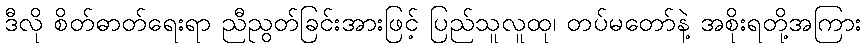
ဒီလို စိတ်ဓာတ်ရေးရာ ညီညွတ်ခြင်းအားဖြင့် ပြည်သူလူထု၊ တပ်မတော်နဲ့ အစိုးရတို့အကြား